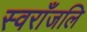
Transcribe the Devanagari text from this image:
स्वराँजलि